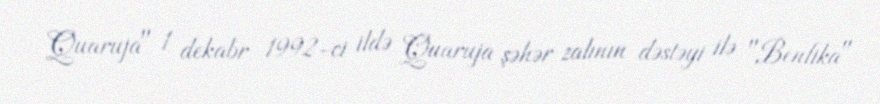
Quaruja" 1 dekabr 1992-ci ildə Quaruja şəhər zalının dəstəyi ilə "Benfika"